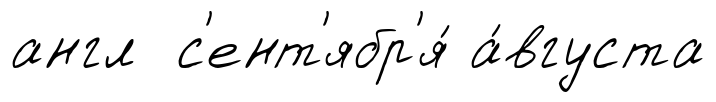
англ с'ент'ябр'я́ а́вгуста